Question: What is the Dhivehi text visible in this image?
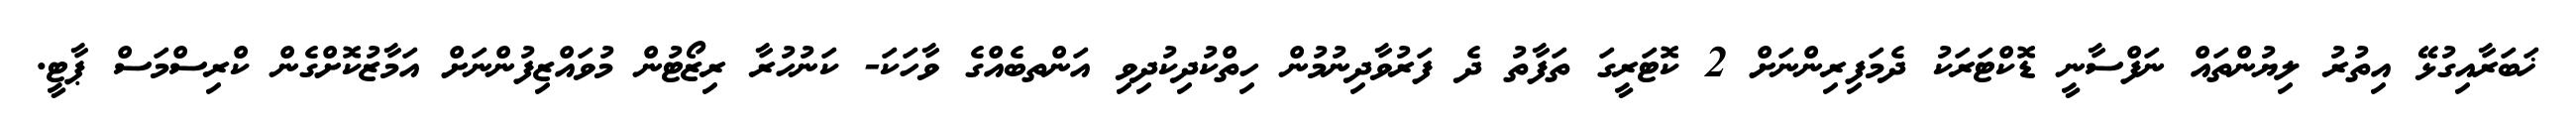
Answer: ޚަބަރާއިގުޅޭ އިތުރު ލިޔުންތައް ނަފްސާނީ ޑޮކްޓަރަކު ދެމަފިރިންނަށް 2 ކޮޓަރީގަ ތަފާތު ދެ ފަރުވާދިނުމުން ހިތްކުދިކުދިވި އަންތބެއްގެ ވާހަކަ- ކަނުހުރާ ރިޒޯޓުން މުވައްޒިފުންނަށް އަމާޒުކޮށްގެން ކްރިސްމަސް ޕާޓީ.